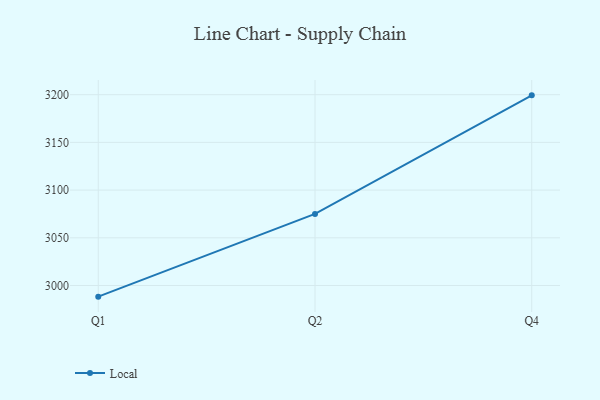
{"axis": {"x": "Quarter", "y": "Gross Profit (USD K)"}, "legend": ["Local"], "data": [{"x": "Q1", "y": 2988.3, "type": "Local"}, {"x": "Q2", "y": 3075.0, "type": "Local"}, {"x": "Q4", "y": 3199.3, "type": "Local"}]}